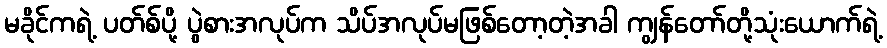
မခိုင်ကရဲ့ ပတ်စ်ပို့ ပွဲစားအလုပ်က သိပ်အလုပ်မဖြစ်တော့တဲ့အခါ ကျွန်တော်တို့သုံးယောက်ရဲ့